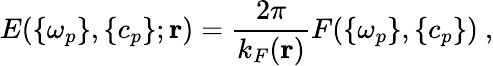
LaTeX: E(\{ \omega_{p}\} ,\{ c_{p}\} ;\mathbf{r})=\frac{2\pi}{k_{F}(\mathbf{r})}F(\{ \omega_{p}\} ,\{ c_{p}\} )\ ,